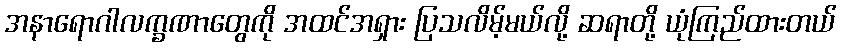
အနာရောဂါလက္ခဏာတွေကို အထင်အရှား ပြသလိမ့်မယ်လို့ ဆရာတို့ ယုံကြည်ထားတယ်